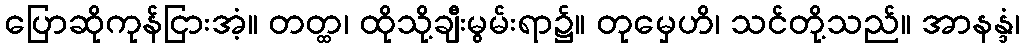
ပြောဆိုကုန်ငြားအံ့။ တတ္ထ၊ ထိုသို့ချီးမွမ်းရာ၌။ တုမှေဟိ၊ သင်တို့သည်။ အာနန္ဒံ၊